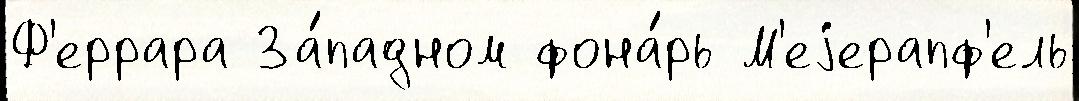
Ф'еррара За́падном фона́рь М'еjерапф'ель